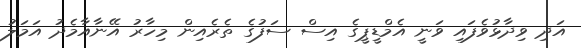
އަދި ވިދާޅުވެފައި ވަނީ އެމްޑީޕީގެ އިސް ސަފުގެ ތެރެއިން މިހާރު އޭނާއާމެދު އަމަލު